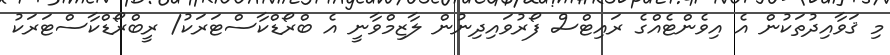
މި ޤަވާއިދުތަކުން އެ އިވެންޓެއްގެ ރައިޓްސް ފޯރުވައިދިނުން ލާޒިމްވާނީ އެ ބްރޯޑްކާސްޓަރަކު/ ރީބްރޯޑްކާސްޓަރަކު